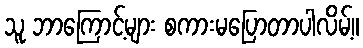
သူ ဘာကြောင့်များ စကားမပြောတာပါလိမ့်။